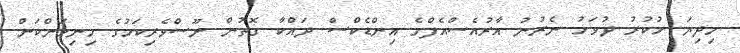
މިދިޔަ ހުކުރު ދުވަހު ނެރުނު އާރުއެސްއެފްގެ އިންޑެކްސް ދައްކާ ގޮތުން ނޫސްވެރިކަމުގެ މިނިވަންކަން